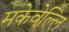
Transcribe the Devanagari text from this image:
मकेवेल्लि